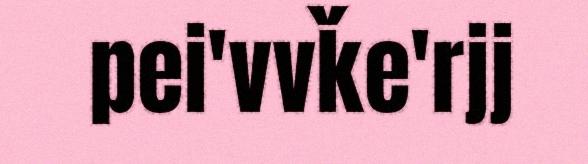
pei'vvǩe'rjj